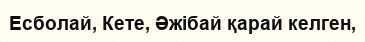
Есболай, Кете, Әжібай қарай келген,